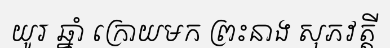
យូរ ឆ្នាំ ក្រោយមក ព្រះនាង សុភវត្តី